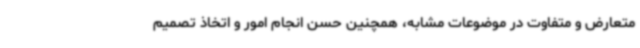
متعارض و متفاوت در موضوعات مشابه، همچنین حسن انجام امور و اتخاذ تصمیم